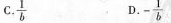
c.\frac{1}{b} D.-\frac{1}{b}